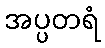
အပ္ပတရံ